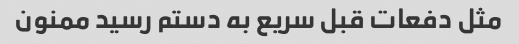
مثل دفعات قبل سریع به دستم رسید ممنون